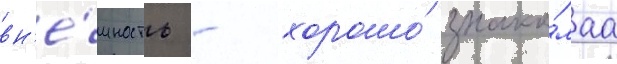
вн'е́шность - хорошо́ знако́маа